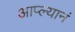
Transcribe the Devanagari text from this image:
आप्ल्यानं